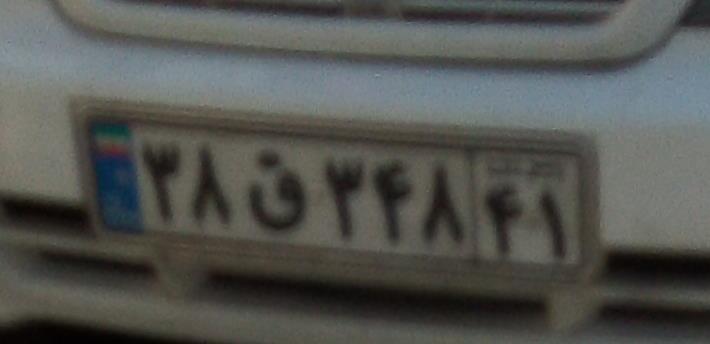
۳۸ق۳۴۸۴۱